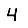
Digit: 4